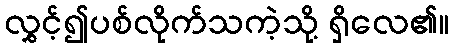
လွှင့်၍ပစ်လိုက်သကဲ့သို့ ရှိလေ၏။